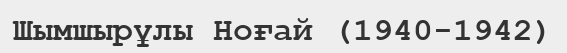
Шымшырұлы Ноғай (1940-1942)